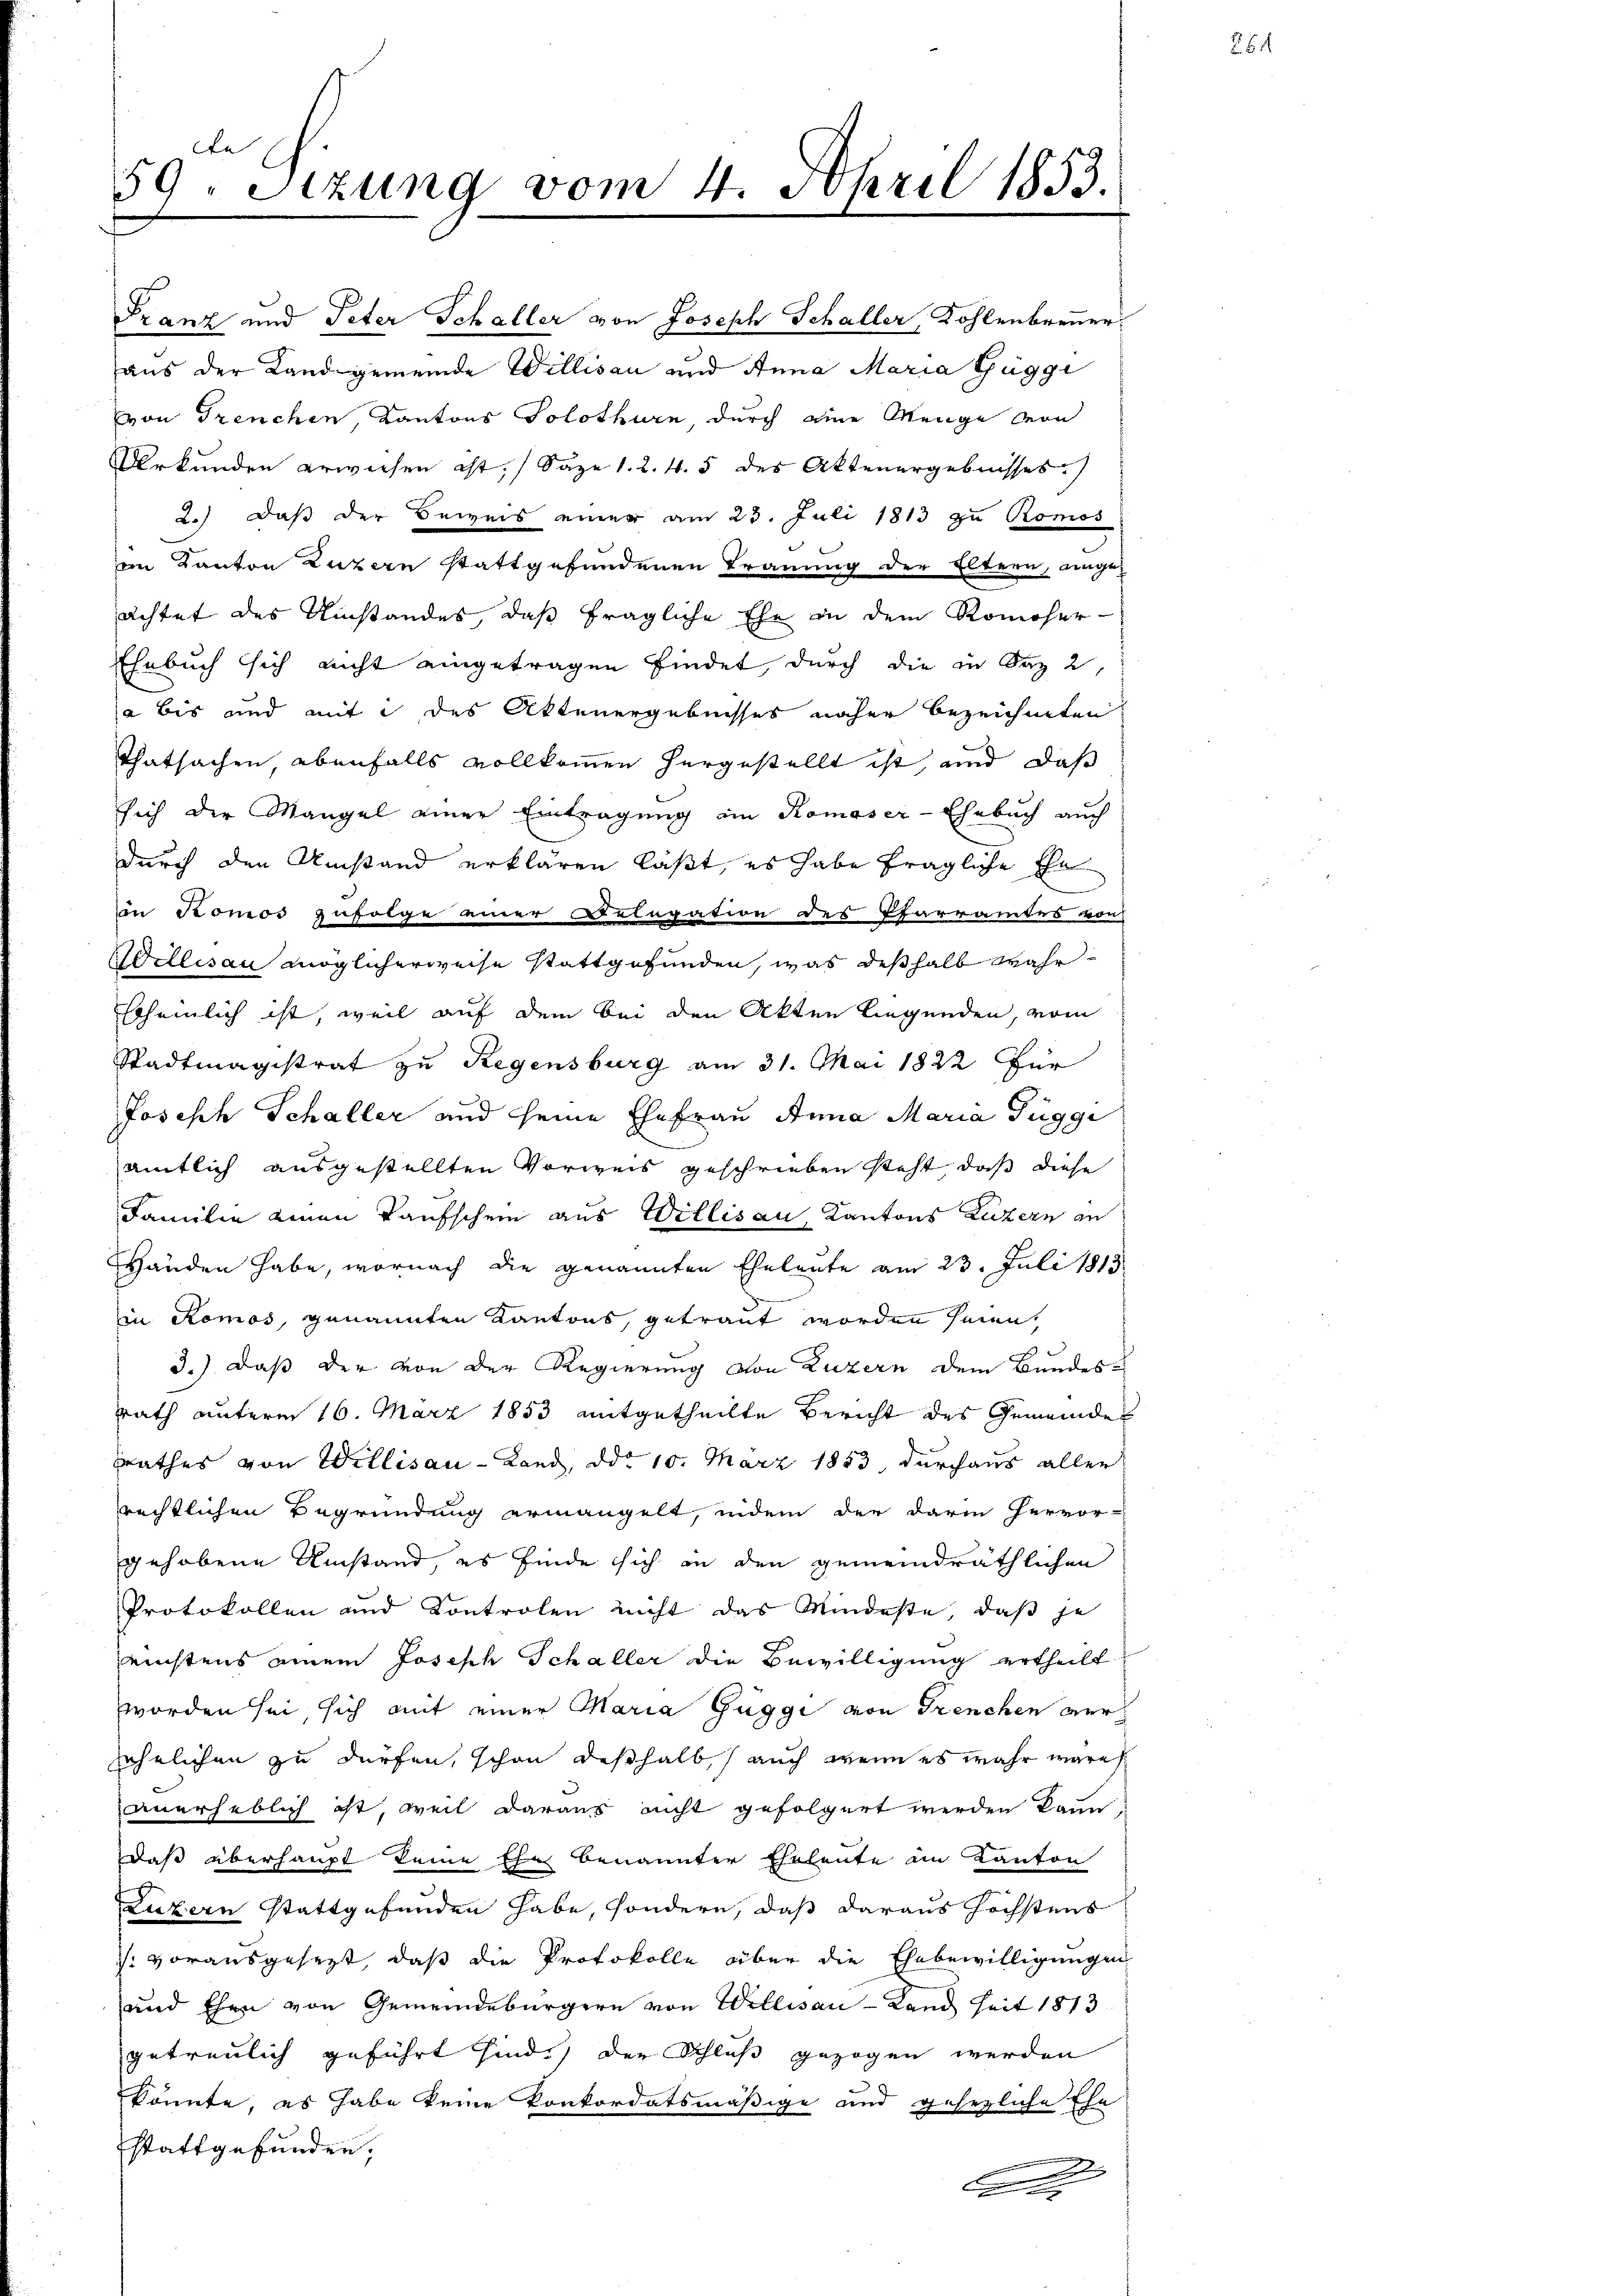
59. Sitzung vom 4. April 1853.

achtet des Umstandes, daß fragliche Ehe in dem Romoser-
Ehnbuch sich nicht eingetragen findet, durch die in Saz 2,
a bis und mit des Aktenergebnisses näher bezeichneten
Thatsachen, ebenfalls vollkommen hergestellt ist, und daß
sich der Mangel einer Eintragung am Komöser-Ehrbuch auch
durch den Umstand erklären läßt, es habe fragliche Ehe
in Pomos zufolge einer Delegation des Pfarramtes von
Willisau möglicherweise stattgefunden, was deßhalb wahrscheinlich ist, weil auf dem bei den Akten Liegenden, vom
Stadtmagistrat zu Regensburg am 31. Mai 1822 für
Joseph Schaller und seine Ehefrau Anna Maria Függe
amtlich ausgestellten Vorweis geschrieben steht, daß diese
Familie einen Taufschein aus Willisau, Kantons Luzern an
Handen habe, wornach die genannten Eheleute am 23. Juli 1813
in Romos, genannten Kantons, getraut worden seien,
3.) Daß der von der Regierung von Luzern dem Bundes-
rath unterm 16. März 1853 mitgetheilte Bericht des Gemeindes
srathes von Willisau - Land, ddo 10. März 1853, durchaus aller
rechtlichen Begründung ermangelt, indem der darin hervor-
gehobene Umstand, es finde sich in den gemeindräthlichen
Protokollen und Controlen nicht das Mindeste, daß je
eichtens einem Joseph Schaller die Bewilligung ertheilt.
worden sei, sich mit einer Maria Guggi von Trenchen verehelichen zu dürfen, schon deßhalb auch wenn es wahr wäre
anerheblich ist, weil daraus nicht gefolgert werden de
daß überhaupt keine Ehe benannter Eheleute im Kanton
Luzern stattgefunden habe, sondern, daß daraus höchstens
/. vorausgesezt, daß die Protokolle über die Ehebewilligungen
und Ehen von Gemeindebürgern von Wellisau - Land seit 1813
getreulich geführt sind.) der Schluß gezogen werden
könnte, es habe keine Konkordatsmäßige und gesezliche Ehe
stattgefunden,
C

Franz und Peter Schaller von Joseph Schaller, Kohlenbrenner
aus der Landgemeinde Willisau und Anna Maria Güggi
von Trenchen, Kantons Solothurn durch eine Menge von
Urkunden erwiesen ist, (Saze 1. 2. 4. 5 des Aktenergebnisses.
2.) Daß der Beweis einer am 23. Juli 1813 zu Romos
im Kanton Luzern stattgefundenen Trauung der Eltern, einge